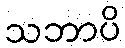
သဘာပိ